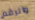
والرقم